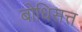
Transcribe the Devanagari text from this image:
बोधिसत्त